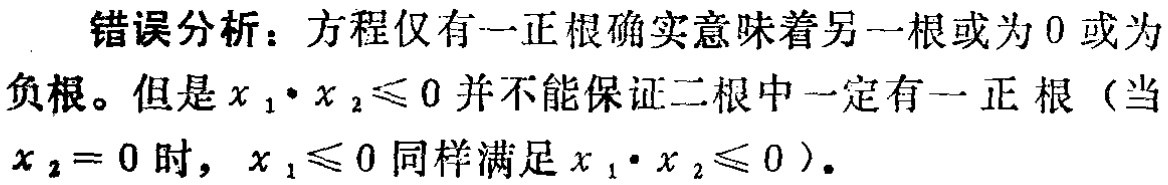
错误分析：方程仅有一正根确实意味着另一根或为 0 或为
负根。但是$x_{1}\cdot x_{2}\leq0$并不能保证二根中一定有一正根（当
$x_{2}=0$时，$x_{1}\leq0$同样满足$x_{1}\cdot x_{2}\leq0$）。